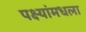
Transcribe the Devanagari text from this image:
पक्ष्यांमधला